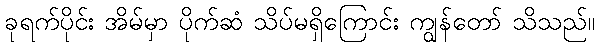
ခုရက်ပိုင်း အိမ်မှာ ပိုက်ဆံ သိပ်မရှိကြောင်း ကျွန်တော် သိသည်။